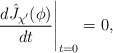
\begin{align*}\frac{d \hat J_{\chi'}(\phi)}{d t} \Bigg|_{t = 0}= 0,\end{align*}